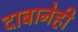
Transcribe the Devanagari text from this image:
दाबानेही